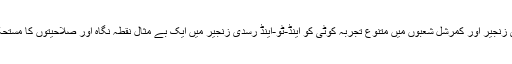
ان کی کامیابیاں اور رسدی زنجیر اور کمرشل شعبوں میں متنوع تجربہ کوٹی کو اینڈ-ٹو-اینڈ رسدی زنجیر میں ایک بے مثال نقطہ نگاہ اور صلاحیتوں کا مستحکم مجموعہ فراہم کرے گا۔